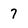
Character: 7